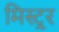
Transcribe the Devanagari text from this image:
मिस्ट्र्र्र्र